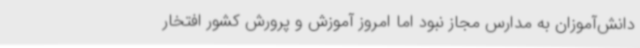
دانش‌آموزان به مدارس مجاز نبود اما امروز آموزش و پرورش کشور افتخار